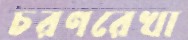
চরণরেখা